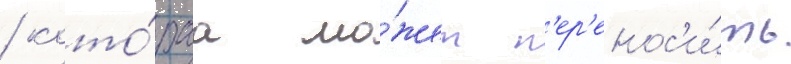
/ кото́раа мо́жет п'ер'енос'и́ть